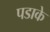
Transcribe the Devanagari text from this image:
पडाके